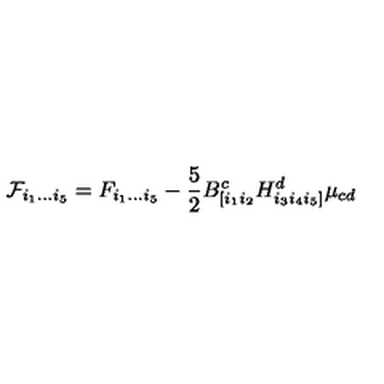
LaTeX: { \cal F } _ { i _ { 1 } \dots i _ { 5 } } = F _ { i _ { 1 } \dots i _ { 5 } } - \frac { 5 } { 2 } B _ { [ i _ { 1 } i _ { 2 } } ^ { c } H _ { i _ { 3 } i _ { 4 } i _ { 5 } ] } ^ { d } \mu _ { c d }